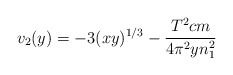
\begin{align*}v_2(y) = -3(xy)^{{1}/{3}} - \frac{T^2 c m}{4 \pi^2 y n_1^2}\end{align*}